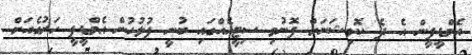
އެމްޑީޕީން އެ ދެ ކޮމިޝަނަށް ފޮނުވި ސިޓީއެއްގައި ބުނީ ފުލުހުން އެމްޑީޕީ ހަރުގެއަށް